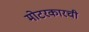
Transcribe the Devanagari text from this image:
मोटरकारची